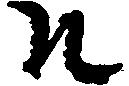
そ